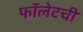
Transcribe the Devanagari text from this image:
फॉलेटची